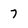
Character: 7